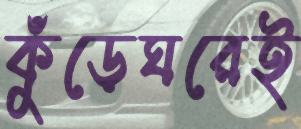
কুঁড়েঘরেই